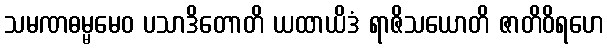
သမဏဓမ္မမေဝ ပသာဒိတောတိ ယထာယိဒံ ရာဇိသယောတိ ဇာတိဝိရဟေ